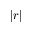
| r |